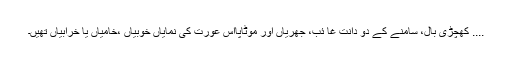
.... کھچڑی بال، سامنے کے دو دانت غا ئب، جھریاں اور موٹاپااس عورت کی نمایاں خوبیاں ،خامیاں یا خرابیاں تھیں۔